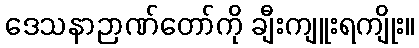
ဒေသနာဉာဏ်တော်ကို ချီးကျူးရကျိုး။